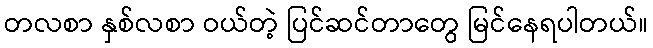
တလစာ နှစ်လစာ ဝယ်တဲ့ ပြင်ဆင်တာတွေ မြင်နေရပါတယ်။